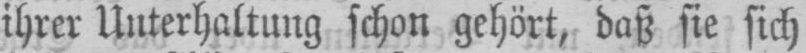
ihrer Unterhaltung schon gehört, daß sie sich